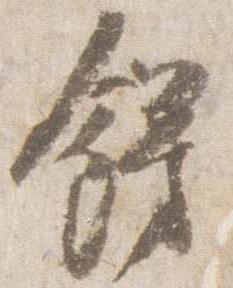
飾